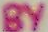
BY